Language: tamil
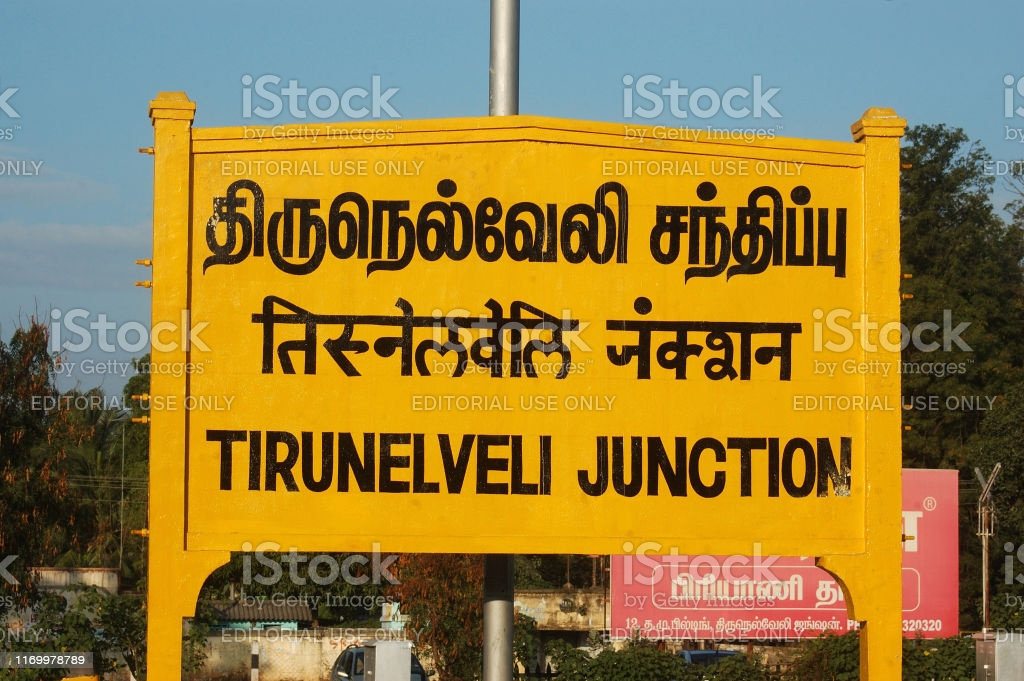
Transcription: திருநெல்வேலி சந்திப்பு திருநெல்வேலி ஜங்ஷன்